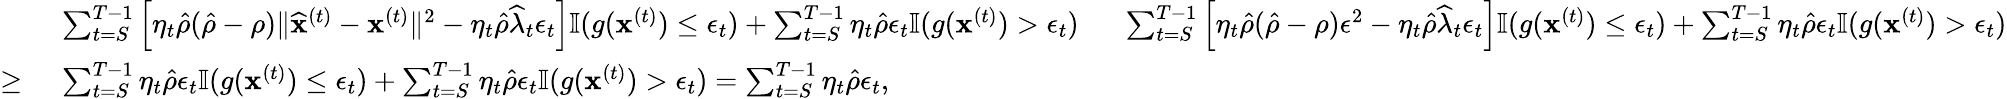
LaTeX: \begin{array}{rlr}&{~\sum_{t=S}^{T-1}\left[\eta_{t}\hat{\rho}(\hat{\rho}-\rho)\| \widehat{\mathbf x}^{(t)}-{\mathbf x}^{(t)}\| ^{2}-\eta_{t}\hat{\rho}\widehat\lambda_{t}\epsilon_{t}\right]\mathbb{I}(g({\mathbf x}^{(t)})\leq\epsilon_{t})+\sum_{t=S}^{T-1}\eta_{t}\hat{\rho}\epsilon_{t}\mathbb{I}(g({\mathbf x}^{(t)})>\epsilon_{t})\ }&{~\sum_{t=S}^{T-1}\left[\eta_{t}\hat{\rho}(\hat{\rho}-\rho)\epsilon^{2}-\eta_{t}\hat{\rho}\widehat\lambda_{t}\epsilon_{t}\right]\mathbb{I}(g({\mathbf x}^{(t)})\leq\epsilon_{t})+\sum_{t=S}^{T-1}\eta_{t}\hat{\rho}\epsilon_{t}\mathbb{I}(g({\mathbf x}^{(t)})>\epsilon_{t})}\\ {\geq}&{~\sum_{t=S}^{T-1}\eta_{t}\hat{\rho}\epsilon_{t}\mathbb{I}(g({\mathbf x}^{(t)})\leq\epsilon_{t})+\sum_{t=S}^{T-1}\eta_{t}\hat{\rho}\epsilon_{t}\mathbb{I}(g({\mathbf x}^{(t)})>\epsilon_{t})=\sum_{t=S}^{T-1}\eta_{t}\hat{\rho}\epsilon_{t},}\end{array}